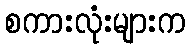
စကားလုံးများက